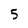
Character: 5